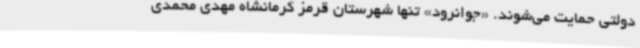
دولتی حمایت می‌شوند. «جوانرود» تنها شهرستان قرمز کرمانشاه مهدی محمدی